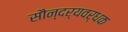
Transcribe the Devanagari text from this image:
सौन्दर्यवर्धक